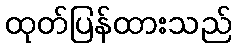
ထုတ်ပြန်ထားသည်